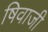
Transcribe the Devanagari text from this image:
षिवाजी